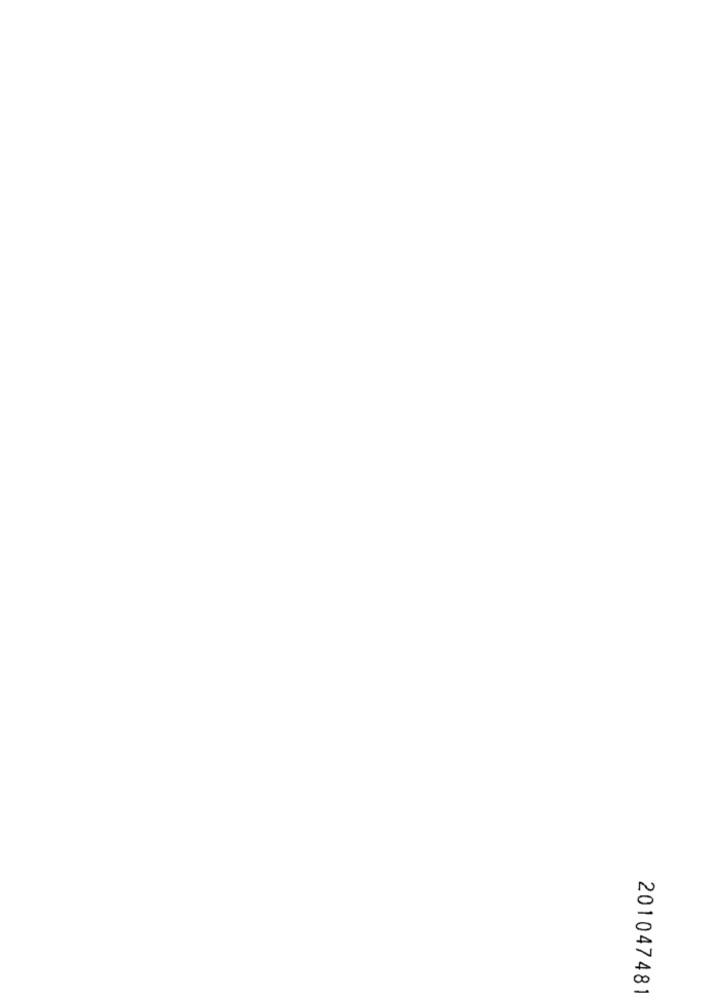
201047481